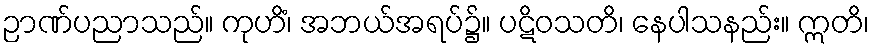
ဉာဏ်ပညာသည်။ ကုဟိံ၊ အဘယ်အရပ်၌။ ပဋိဝသတိ၊ နေပါသနည်း။ ဣတိ၊